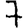
Digit: 7